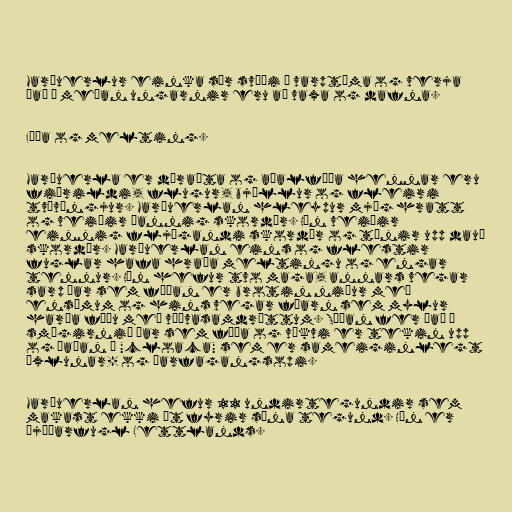
Maríuerlur einka sér svæði á varptíma og verja
það á meðan ungarnir eru að vaxa og dafna.

Fæða og melting.

Maríuerla er dýraæta og aðalfæða hennar eru
fiðrildi, flugur, bjöllur og fleiri
tvívængjur. Maríuerlan hleypur mjög hratt
og veiðir þannig skordýr. Hún veiðir
einnig fljúgandi skordýr og týnir upp dauð
skordýr. Maríuerlan eins og flestir
fuglar hafa hraða meltingu og engar
tennur. Hún hefur tvo maga, annars vegar
sarp þar sem fæðan er brotin niður með
ensímum og hins vegar fóarn sem mylur
harða fæðu með vöðvasamdráttum. Síðan fer það í
smágirnið þar sem fæða og vökvi er tekin upp
og þaðan í "cloaca" sem er sameiginlegt
æxlunar- og þarfagangsopi.

Maríuerlan hefur 11 undirtegundir sem
makast ekki út fyrir sína tegund. Hún er
þjóðarfugl Lettlands.